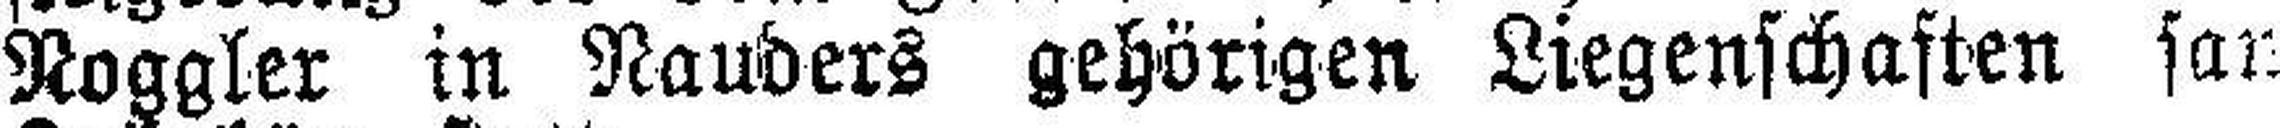
Noggler in Nauders gehörigen Liegenschaften san